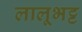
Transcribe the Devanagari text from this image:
लालूभट्ट